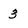
Character: 3